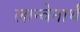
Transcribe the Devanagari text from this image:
लान्वेनार्थ